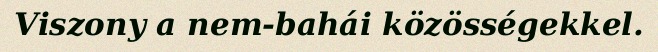
Viszony a nem-bahái közösségekkel.